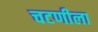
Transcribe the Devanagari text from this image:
चटणीला